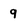
Character: 9